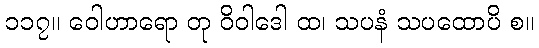
၁၁၇။ ဝေါဟာရော တု ဝိဝါဒေါ ထ၊ သပနံ သပထောပိ စ။